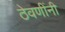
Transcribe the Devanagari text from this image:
ठेवणींनी